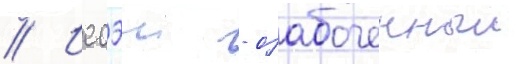
// Иссэи - озабоченныи